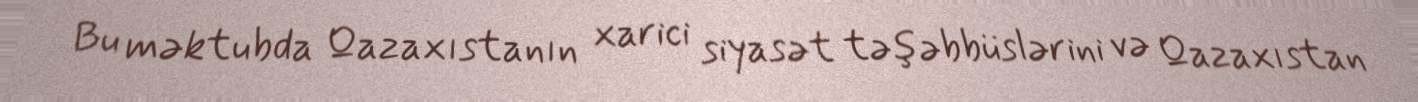
Bu məktubda Qazaxıstanın xarici siyasət təşəbbüslərini və Qazaxıstan